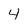
Character: 4